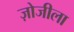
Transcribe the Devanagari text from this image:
ज़ोजीला